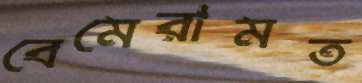
বেমেরামত